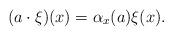
LaTeX: \begin{gather*}(a \cdot \xi)(x)=\alpha_x(a)\xi(x).\end{gather*}